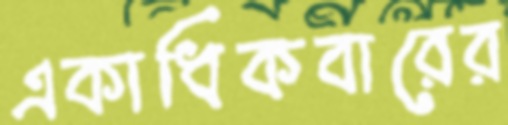
একাধিকবারের